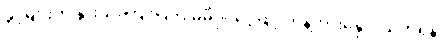
ခွင့်များကို နွားသိုးကြိုးပြတ် မိမိပိုင်ငွေဖြင့် ဟန့်တားနှောင့်ယှက်ရန်